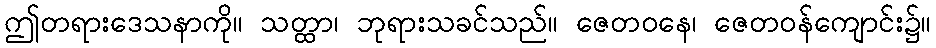
ဤတရားဒေသနာကို။ သတ္ထာ၊ ဘုရားသခင်သည်။ ဇေတဝနေ၊ ဇေတဝန်ကျောင်း၌။